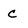
Character: c